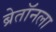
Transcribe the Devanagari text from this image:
ब्रेतॉनला